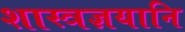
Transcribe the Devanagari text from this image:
शास्त्रज्ञयानि